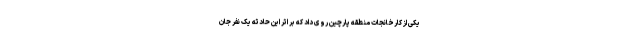
یکی از کارخانجات منطقه پارچین روی داد که بر اثر این حادثه یک نفر جان